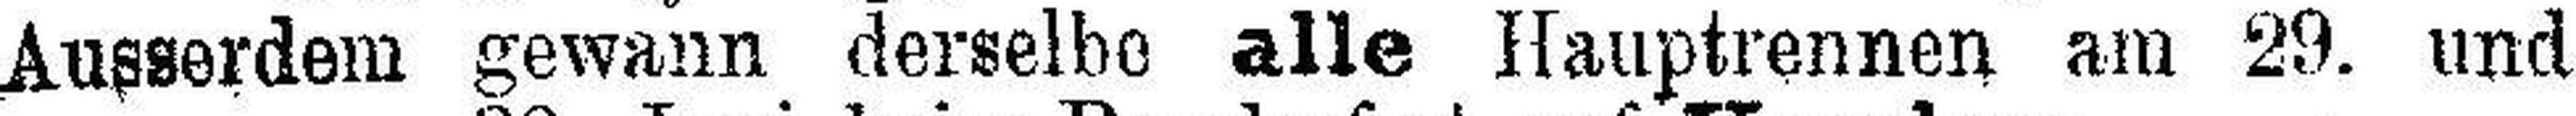
Ausserdem gewann derselbe alle Hauptrennen am 29. und